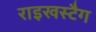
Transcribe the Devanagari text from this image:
राइखस्टैग